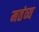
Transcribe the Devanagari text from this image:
मतंव्य